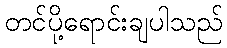
တင်ပို့ရောင်းချပါသည်